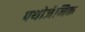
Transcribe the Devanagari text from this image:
पथोजेनिक